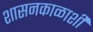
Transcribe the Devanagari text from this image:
शासनकाळाशी